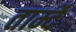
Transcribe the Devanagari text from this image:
तार्म्दे